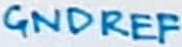
Text: GNDREF